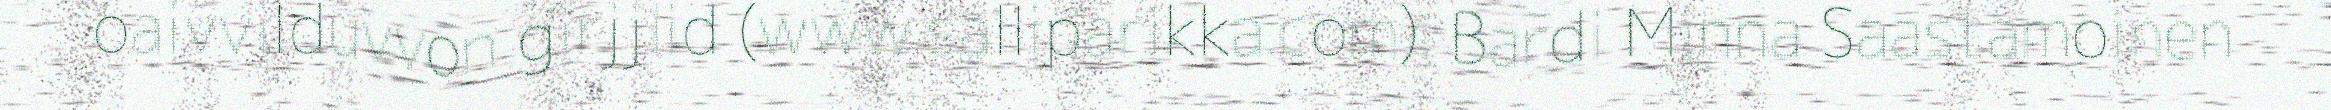
oaivvilduvvon girjjiid (www.salliparikka.com). Bardi Minna Saastamoinen